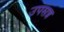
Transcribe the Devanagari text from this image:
उपसन्न